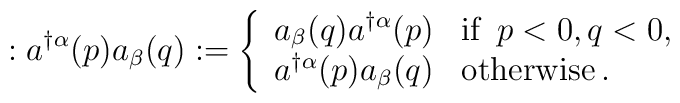
: a^{\dagger\alpha}(p) a_{\beta}(q) : = \left\{ \begin{array}{ll} a_{\beta} (q) a^{\dagger\alpha}(p) & \mbox{if}\enspace  p<0 , q<0, \\a^{\dagger\alpha}(p) a_{\beta}(q) & \mbox{otherwise} \, .\\\end{array} \right.